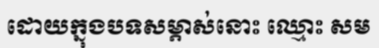
ដោយក្នុងបទសម្ភាស់នោះ ឈ្មោះ សម